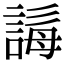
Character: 𧩒